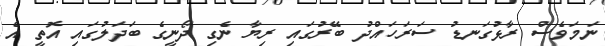
ނަމަވެސް ރާޅުގަނޑު ސަރަހައްދު ބޭރުގައި ރިޔާ ނެގި ދޯނީގެ ބަދަލުގައި އޮތީ އެ